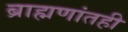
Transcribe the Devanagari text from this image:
ब्राह्मणांतही